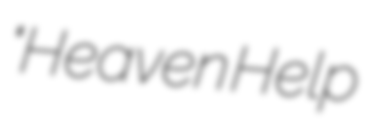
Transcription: "Heaven Help